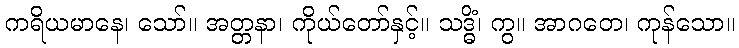
ကရိယမာနေ၊ သော်။ အတ္တနာ၊ ကိုယ်တော်နှင့်။ သဒ္ဓိံ၊ ကွ။ အာဂတေ၊ ကုန်သော။